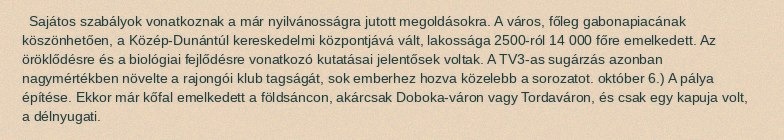
Sajátos szabályok vonatkoznak a már nyilvánosságra jutott megoldásokra. A város, főleg gabonapiacának köszönhetően, a Közép-Dunántúl kereskedelmi központjává vált, lakossága 2500-ról 14 000 főre emelkedett. Az öröklődésre és a biológiai fejlődésre vonatkozó kutatásai jelentősek voltak. A TV3-as sugárzás azonban nagymértékben növelte a rajongói klub tagságát, sok emberhez hozva közelebb a sorozatot. október 6.) A pálya építése. Ekkor már kőfal emelkedett a földsáncon, akárcsak Doboka-váron vagy Tordaváron, és csak egy kapuja volt, a délnyugati.